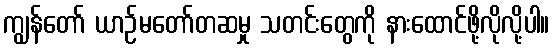
ကျွန်တော် ယာဉ်မတော်တဆမှု သတင်းတွေကို နားထောင်ဖို့လိုလို့ပါ။